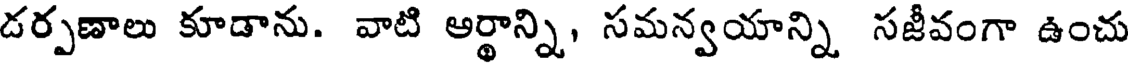
డర్పణాలు కూడాను. వాటి ఆర్థాన్ని, సమన్వయాన్ని సజీవంగా ఉంచు